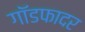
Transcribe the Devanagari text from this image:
गाॅडफादर